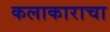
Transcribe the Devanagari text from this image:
कलाकाराचा